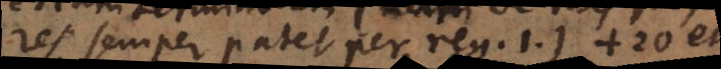
res semper patet per reg. 1.) +20 et